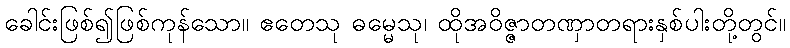
ခေါင်းဖြစ်၍ဖြစ်ကုန်သော။ ဧတေသု ဓမ္မေသု၊ ထိုအဝိဇ္ဇာတဏှာတရားနှစ်ပါးတို့တွင်။